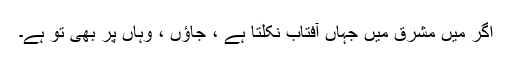
اگر میں مشرق میں جہاں آفتاب نکلتا ہے ، جاؤں ، وہاں پر بھی تُو ہے۔